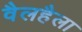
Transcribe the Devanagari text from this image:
वैलहैला